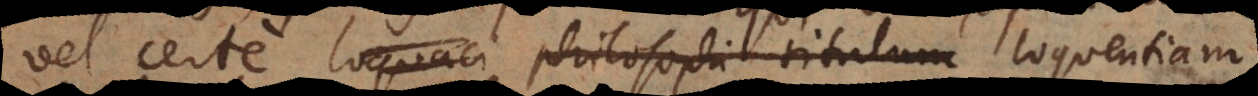
vel certe loquaci philosophi titulum loquentiam